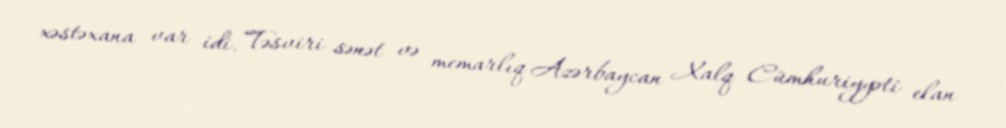
xəstəxana var idi. Təsviri sənət və memarlıq Azərbaycan Xalq Cümhuriyyəti elan